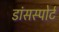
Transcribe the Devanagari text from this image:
डांसस्पोर्ट